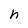
Character: h